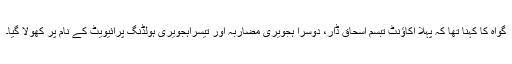
گواہ کا کہنا تھا کہ پہلا اکاﺅنٹ تبسم اسحاق ڈار، دوسرا ہجویری مضاربہ اور تیسراہجویری ہولڈنگ پرائیویٹ کے نام پر کھولا گیا۔